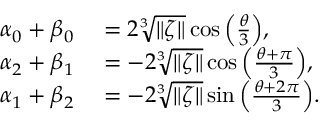
\begin{array} { r l } { \alpha _ { 0 } + \beta _ { 0 } } & { { } = 2 \sqrt [ 3 ] { \| \zeta \| } \cos { \left( \frac { \theta } { 3 } \right) } , } \\ { \alpha _ { 2 } + \beta _ { 1 } } & { { } = - 2 \sqrt [ 3 ] { \| \zeta \| } \cos { \left( \frac { \theta + \pi } { 3 } \right) } , } \\ { \alpha _ { 1 } + \beta _ { 2 } } & { { } = - 2 \sqrt [ 3 ] { \| \zeta \| } \sin { \left( \frac { \theta + 2 \pi } { 3 } \right) } . } \end{array}